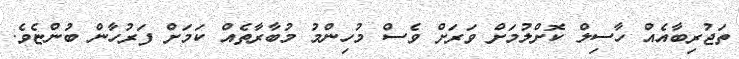
ތަޖުރިބާއެއް ހާސިލް ކޮށްލުމަށް ވަރަށް ވެސް މުހިންމު މުބާރާތެއް ކަމަށް ފަރުހާން ބުންޏެވެ.